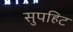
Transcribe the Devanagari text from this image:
सुपहिट